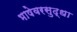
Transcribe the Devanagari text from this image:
भाषेवरसुद्धा